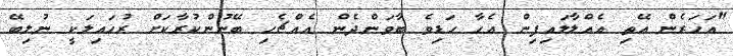
"އަހަރެން އޭތި އެއްލާލައިފިން އެހާ ހަޑިވެ ބާވަންދެން އެއްޗެހި ބޭނުންކުރާކަށް ރުހައިލަކީ ނުލިބޭ